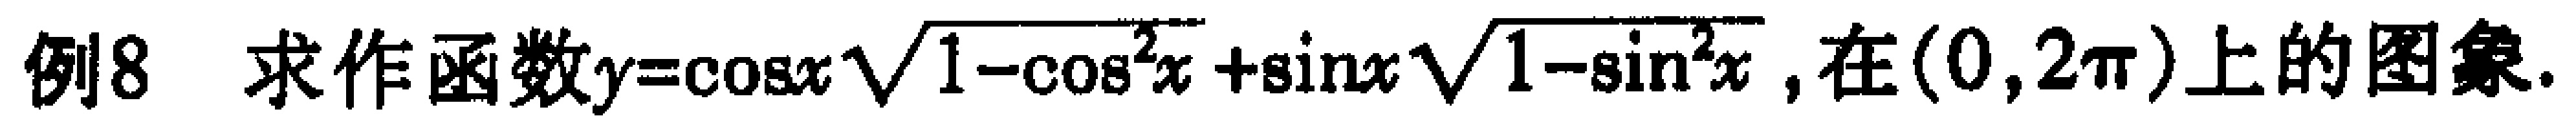
例8 求作函数\(y = \cos x\sqrt{1 - \cos^{2}x}+\sin x\sqrt{1 - \sin^{2}x}\)，在\((0,2\pi)\)上的图象.